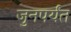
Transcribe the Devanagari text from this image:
जुनपर्यंत